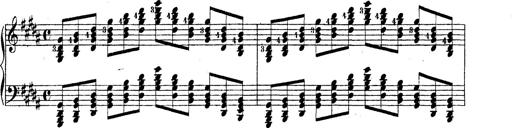
Title: Technische Studien
Composer: Franz Liszt